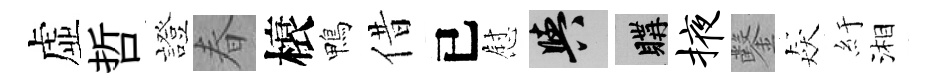
虚哲證春榱鴨借已慰阳購掖鑿猋紆湘